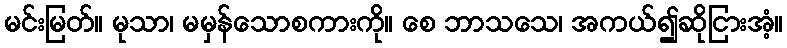
မင်းမြတ်။ မုသာ၊ မမှန်သောစကားကို။ စေ ဘာသသေ၊ အကယ်၍ဆိုငြားအံ့။